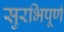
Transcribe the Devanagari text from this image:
सुरभिपूर्ण